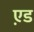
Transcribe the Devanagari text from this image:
ए़ड